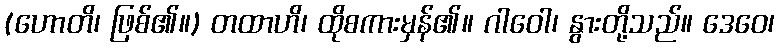
(ဟောတိ၊ ဖြစ်၏။) တထာဟိ၊ ထိုစကားမှန်၏။ ဂါဝေါ၊ နွားတို့သည်။ ဒေဝေ၊